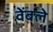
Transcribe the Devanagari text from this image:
वेंबले